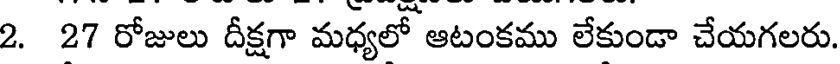
2. 27 రోజులు దీక్షగా మధ్యలో ఆటంకము లేకుండా చేయగలరు.